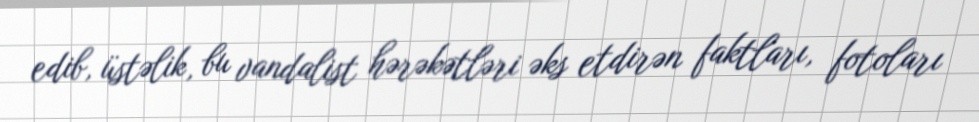
edib, üstəlik, bu vandalist hərəkətləri əks etdirən faktları, fotoları